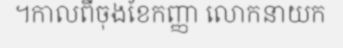
។កាលពីចុងខែកញ្ញា លោកនាយក